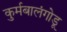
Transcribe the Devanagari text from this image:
कुर्मबालंगोडू